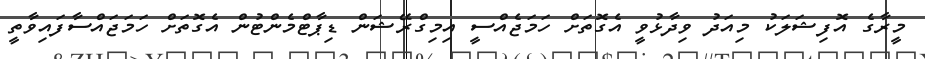
މީރާގެ އޮފިޝަލަކު މިއަދު ވިދާޅުވީ އެގޮތަށް ހަމަޖެއްސީ އިމިގްރޭޝަން ޑިޕާޓްމެންޓުން އެގޮތަށް ހަމަޖައްސާފައިވާތީ